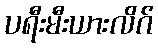
ပရီးမီးယားလိဂ်